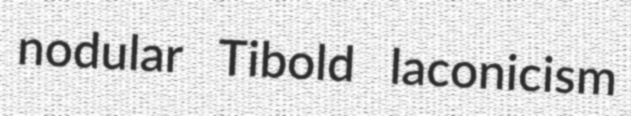
nodular Tibold laconicism